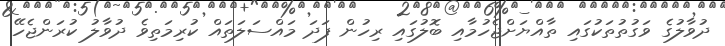
ދުވާލުގެ ވަގުތުތަކުގައި ތާއްޔަށްޖެހުމާއި ބޮލުގައި ރިހުން ފަދަ މައްސަލަތައް ކުރިމަތިވެ ދުވާލު ކުރަންޖެހޭ